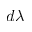
d \lambda